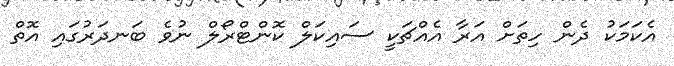
އެކަމަކު ދެން ހިތަށް އަރާ އެއްޗަކީ ސައިކަލް ކޮންޓްރޯލް ނުވެ ބަނދަރުގައި އޮތް